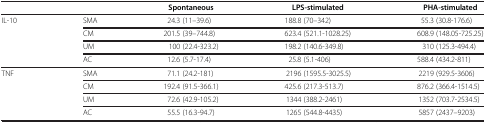
| <COLSPAN=2>  | Spontaneous | LPS-stimulated | PHA-stimulated |
 | --- | --- | --- | --- | --- |
 | IL-10 | SMA | 24.3 (11–39.6) | 188.8 (70–342) | 55.3 (30.8-176.6) |
 |  | CM | 201.5 (39–744.8) | 623.4 (521.1-1028.25) | 608.9 (148.05-725.25) |
 |  | UM | 100 (22.4-323.2) | 198.2 (140.6-349.8) | 310 (125.3-494.4) |
 |  | AC | 12.6 (5.7-17.4) | 25.8 (5.1-406) | 588.4 (434.2-811) |
 | TNF | SMA | 71.1 (24.2-181) | 2196 (1595.5-3025.5) | 2219 (929.5-3606) |
 |  | CM | 192.4 (91.5-366.1) | 425.6 (217.3-513.7) | 876.2 (366.4-1514.5) |
 |  | UM | 72.6 (42.9-105.2) | 1344 (388.2-2461) | 1352 (703.7-2534.5) |
 |  | AC | 55.5 (16.3-94.7) | 1265 (544.8-4435) | 5857 (2437–9203) |